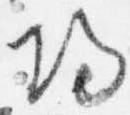
帰